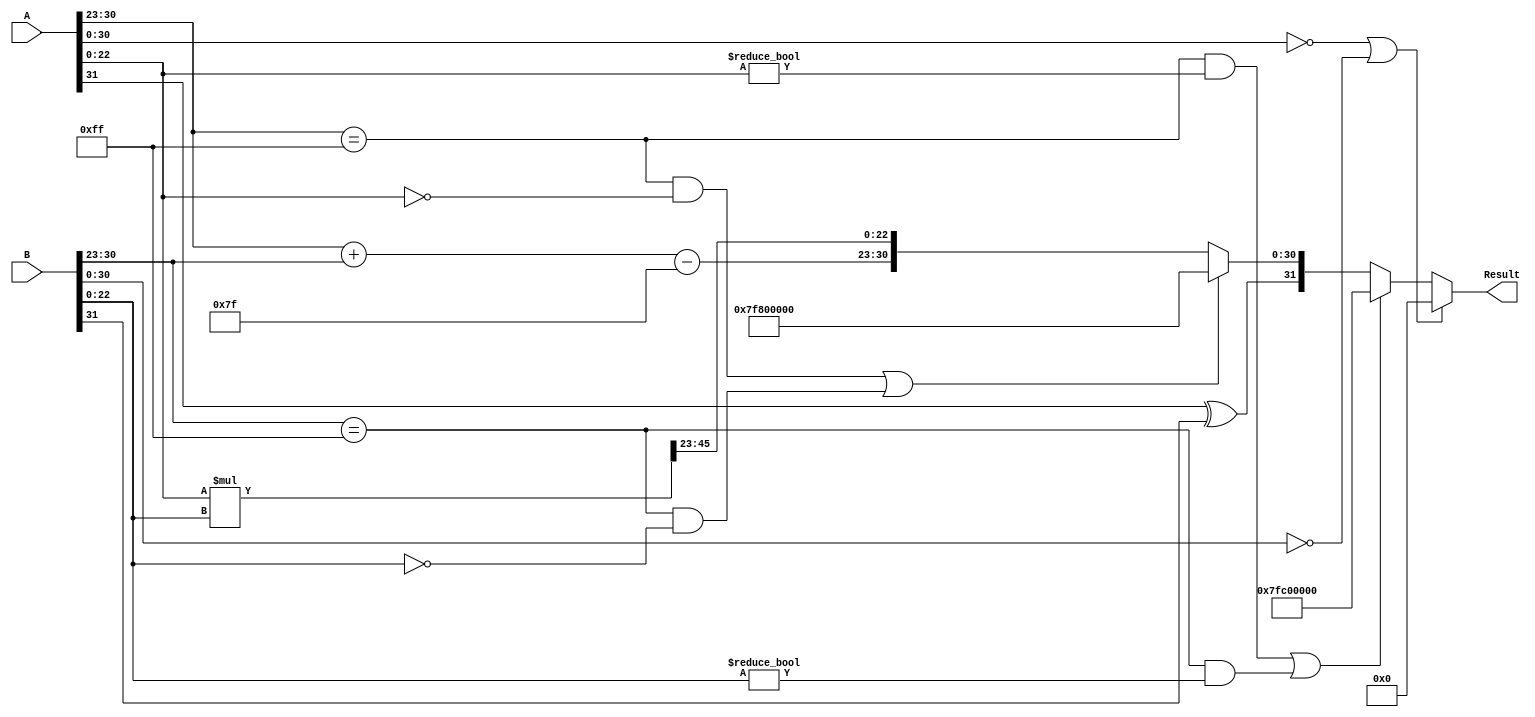
module radix2_float_multiplier (
    input wire [31:0] A, // Input A
    input wire [31:0] B, // Input B
    output reg [31:0] Result // Output Result
);

    // Constants
    parameter BIAS = 8'd127;

    // Internal signals
    wire sign_A, sign_B;
    wire [7:0] exp_A, exp_B;
    wire [22:0] mant_A, mant_B;
    
    wire [7:0] exp_result;
    wire sign_result;
    wire [47:0] mant_product; // 24+24 = 48 bits for multiplication
    wire [23:0] mant_result; // Final mantissa after normalization

    // Extract sign, exponent, and mantissa
    assign sign_A = A[31];
    assign exp_A = A[30:23];
    assign mant_A = {1'b1, A[22:0]}; // Implicit leading 1 for normalized numbers

    assign sign_B = B[31];
    assign exp_B = B[30:23];
    assign mant_B = {1'b1, B[22:0]}; // Implicit leading 1 for normalized numbers

    // Special case handling for zero, infinity, and NaN
    wire is_zero_A = (A[30:0] == 31'b0);
    wire is_zero_B = (B[30:0] == 31'b0);
    wire is_infinity_A = (exp_A == 8'hFF) && (mant_A == 23'b0);
    wire is_infinity_B = (exp_B == 8'hFF) && (mant_B == 23'b0);
    wire is_nan_A = (exp_A == 8'hFF) && (mant_A != 23'b0);
    wire is_nan_B = (exp_B == 8'hFF) && (mant_B != 23'b0);

    always @(*) begin
        // Default Result
        Result = 32'b0;

        // Handle special cases first
        if (is_zero_A || is_zero_B) begin
            Result = 32'b0; // Result is zero if any input is zero
        end else if (is_nan_A || is_nan_B) begin
            Result = 32'h7FC00000; // Result is NaN
        end else if (is_infinity_A || is_infinity_B) begin
            if (is_nan_A || is_nan_B) begin
                Result = 32'h7FC00000; // Result is NaN
            end else begin
                Result = {sign_A ^ sign_B, 8'hFF, 23'b0}; // Result is infinity
            end
        end else begin
            // Calculate sign
            sign_result = sign_A ^ sign_B;

            // Calculate exponent
            exp_result = exp_A + exp_B - BIAS;

            // Perform mantissa multiplication
            mant_product = mant_A * mant_B;

            // Normalize mantissa
            if (mant_product[47] == 1'b1) begin
                mant_result = mant_product[46:24]; // Shifting right
                exp_result = exp_result + 1; // Increment exponent
            end else begin
                mant_result = mant_product[45:23]; // No shift needed
            end

            // Assemble final result
            Result = {sign_result, exp_result, mant_result[22:0]};
        end
    end

endmodule